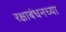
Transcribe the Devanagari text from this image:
रक्षाबंधनच्या